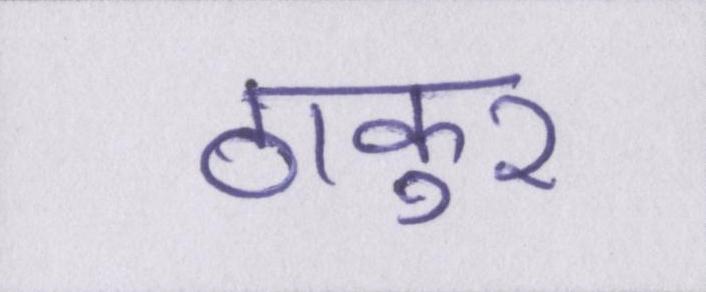
ठाकुर